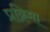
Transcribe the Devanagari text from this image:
प्रक्रिमा